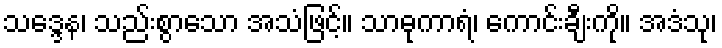
သဒ္ဒေန၊ သည်းစွာသော အသံဖြင့်။ သာဓုကာရံ၊ ကောင်းချီးကို။ အဒံသု၊